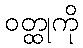
ဝတ္ထုကို